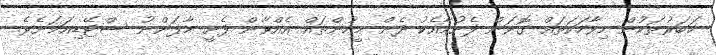
ޚަބަރުތަކުން މިވާހަކަތައް ގޮވަން ފެށުމާއެކު ދެން މީހުންތައް އެއްވާން ފެށީ މާފަންނު ސްޓޭޑިއަމަށެވެ.